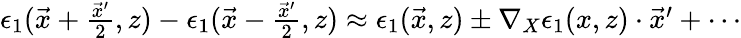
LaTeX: \begin{array}{r}{\epsilon_{1}(\vec{x}+\frac{\vec{x}^{\prime}}{2},z)-\epsilon_{1}(\vec{x}-\frac{\vec{x}^{\prime}}{2},z)\approx\epsilon_{1}(\vec{x},z)\pm\nabla_{X}\epsilon_{1}(x,z)\cdot\vec{x}^{\prime}+\cdots}\end{array}